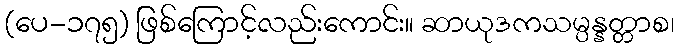
(ပေ-၁၇၅) ဖြစ်ကြောင့်လည်းကောင်း။ ဆာယုဒကသမ္ပန္နတ္တာစ၊